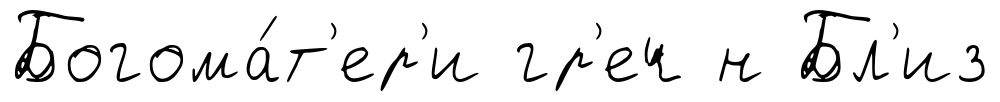
Богома́т'ер'и гр'еч н Бл'из